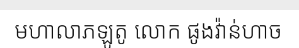
មហាលាភឡូតូ លោក ផូងវ៉ាន់ហាច